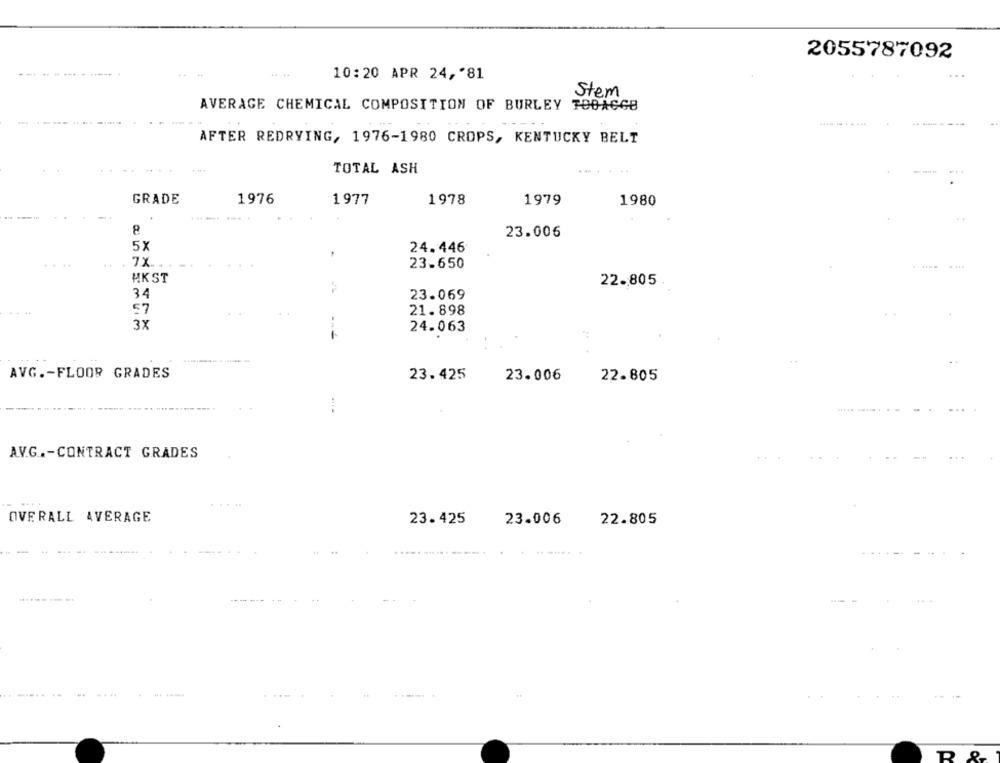
2055787092
----
10:20 APR 24 ,* 81
...
Stem
AVERAGE CHEMICAL COMPOSITION OF BURLEY TOBACCO
..........
-----
AFTER REDRYING, 1976-1980 CROPS, KENTUCKY BELT
TOTAL ASH
GRADE
1976
1977
1978
1979
1980
23.006
5X
24.446
7X
23.650
.........
HKST
22.805
34
23.069
57
21.898
3X
24.063
--
AVG .- FLOOR GRADES
23.425
23.006
22.805
....
........... ..
AV.G .- CONTRACT GRADES
OVERALL AVERAGE
22.805
23. 425
23.006